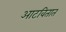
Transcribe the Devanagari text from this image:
आटवितात